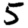
Digit: 5